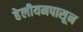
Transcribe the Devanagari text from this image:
हेलीयमपासून